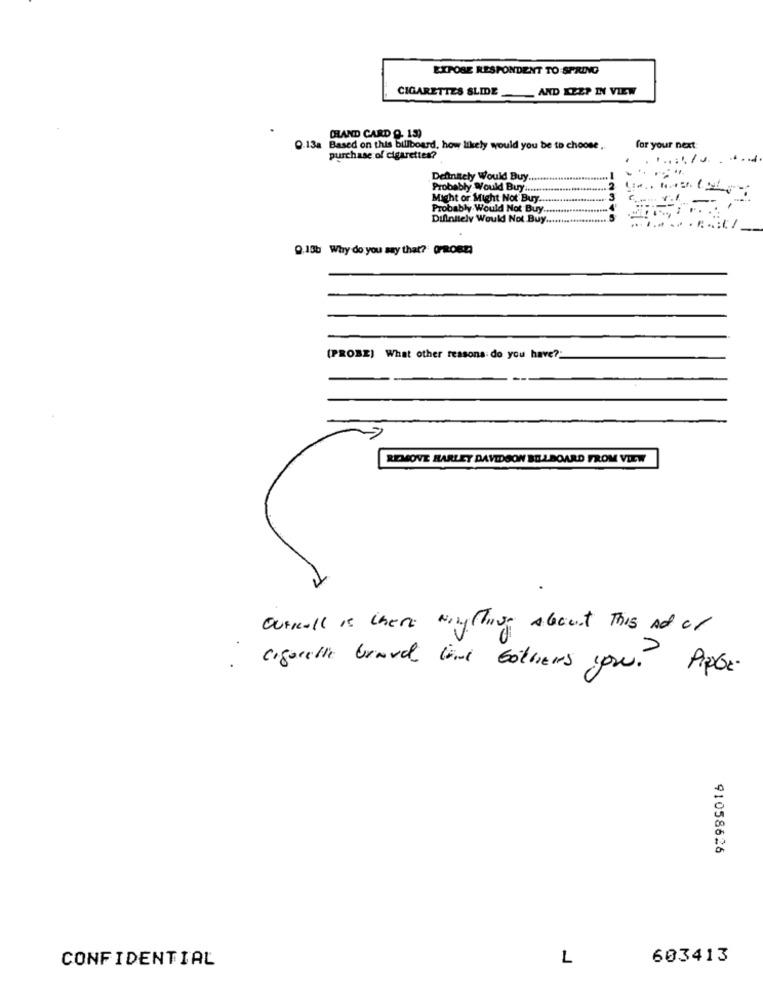
EXPOSE RESPONDENT TO SPRING
CIGARETTES SLIDE
AND KEEP IN VIEW
CHAND CARD Q. 13)
9.13a Based on this billboard, how likely would you be to choose ..
for your next:
purchase of cigarettes?
Definitely Would Buy ...
Probably Would Buy ...
Might or Might Not Buy ..
Probably Would Not Buy.
Difinitely Would Not Buy ......
0,15b Why do you say that? OPROBE
(PROBE) What other reasons do you have?
REMOVE HARLEY DAVIDSON BILLBOARD FROM VIEW
Outkall is there Ningthing About This Ad or
cigarette Grand line Gothers you. Piper.
91058626
CONFIDENTIAL
L
603413